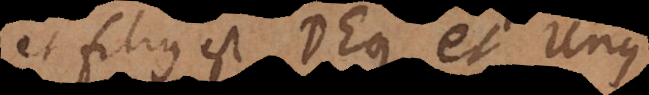
et filius est Deus, et Unus